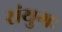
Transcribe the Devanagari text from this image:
संयुगः